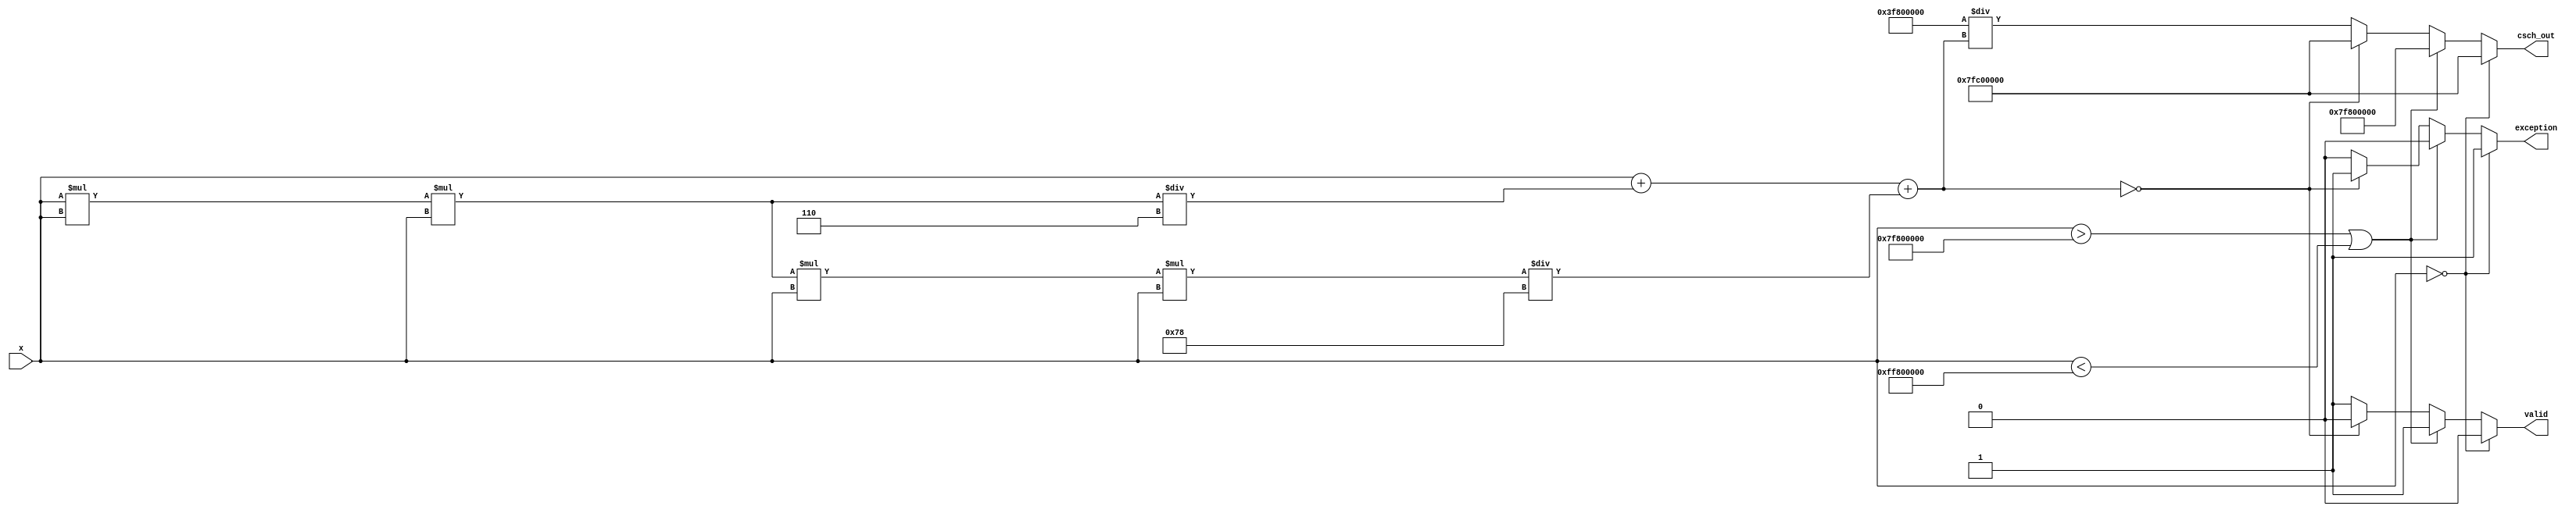
module hyperbolic_cosecant (
    input wire [31:0] x,        // Input: Floating-point representation of x
    output reg [31:0] csch_out, // Output: csch(x) in floating-point
    output reg valid,           // Output valid signal
    output reg exception        // Exception flag (e.g., division by zero)
);

    // Constants for approximation
    parameter [31:0] INF = 32'h7F800000; // Positive infinity
    parameter [31:0] NaN = 32'h7FC00000; // NaN

    // Internal signals
    reg [31:0] sinh_x; // Hyperbolic sine of x
    reg [31:0] reciprocal; // Reciprocal of sinh(x)

    // Function to compute sinh(x) using polynomial approximation
    function [31:0] sinh_approx;
        input [31:0] x;
        reg [31:0] result;
        begin
            // Simple polynomial approximation for sinh(x)
            // sinh(x)  x + x^3/6 + x^5/120
            result = x; // Start with x
            result = result + (x * x * x) / 32'h00000006; // Add x^3 / 6
            result = result + (x * x * x * x * x) / 32'h00000078; // Add x^5 / 120
            sinh_approx = result;
        end
    endfunction

    // Always block for computing csch
    always @(*) begin
        // Default outputs
        csch_out = 32'b0;
        valid = 1'b0;
        exception = 1'b0;

        // Check for special cases
        if (x == 32'b0) begin
            csch_out = NaN; // csch(0) is undefined
            exception = 1'b1; // Set exception flag
        end else if (x > 32'h7F800000 || x < 32'hFF800000) begin
            csch_out = INF; // For very large/small values, return infinity
            valid = 1'b1;
        end else begin
            // Compute sinh(x)
            sinh_x = sinh_approx(x);

            // Check for sinh(x) being zero (which should not happen in valid range)
            if (sinh_x == 32'b0) begin
                csch_out = NaN; // csch(x) is undefined
                exception = 1'b1; // Set exception flag
            end else begin
                // Compute reciprocal of sinh(x)
                reciprocal = 32'h00000000; // Initialize reciprocal
                reciprocal = (32'h3F800000 / sinh_x); // Simple division (using floating-point division)
                csch_out = reciprocal;
                valid = 1'b1; // Set valid output
            end
        end
    end
endmodule